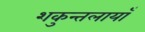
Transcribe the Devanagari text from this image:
शकुन्तलायाँ